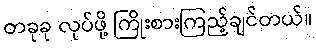
တခုခု လုပ်ဖို့ ကြိုးစားကြည့်ချင်တယ်။